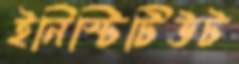
ইনিস্টিটিউট